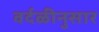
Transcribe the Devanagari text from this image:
वर्दळीनुसार